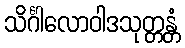
သိင်္ဂါလောဝါဒသုတ္တန္တံ